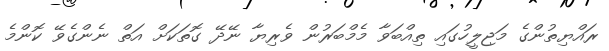
ރައްޔިތުންގެ މަޖިލީހުގައި ތިއްބަވާ މެމްބަރުން ވެރިޔާ ނޭދޭ ގޮތަކަށް އަތް ނެންގެވޭ ކޮންމެ